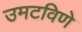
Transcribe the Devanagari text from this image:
उमटविणे